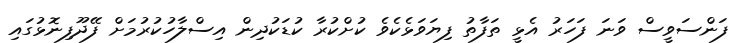
ފަންސަވީސް ވަނަ ފަހަރު އެޅީ ތަފާތު ފިޔަވަޅެކެވެ ކުށްކުރާ ކުޑަކުދިން އިސްލާހުކުރުމަށް ފޭދޫފިނޮޅުގައި